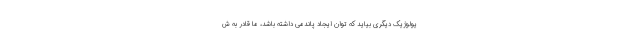
یولوژیک دیگری بیاید که توان ایجاد پاندمی داشته باشد، ما قادر به ش